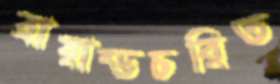
ব্রায়ান্ডচরিত